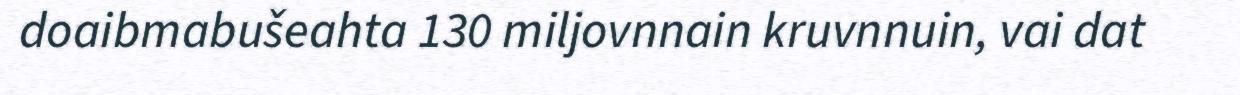
doaibmabušeahta 130 miljovnnain kruvnnuin, vai dat